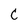
Character: C